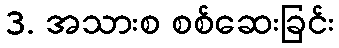
3. အသားစ စစ်ဆေးခြင်း